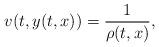
LaTeX: \begin{align*} v(t,y(t,x))=\frac{1}{\rho(t,x)},\end{align*}